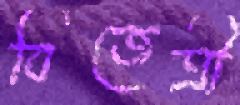
বিজেত্রী